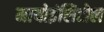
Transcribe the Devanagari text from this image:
मायोइंसिटोल